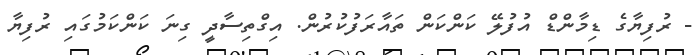
- ރުފިޔާގެ ޑިމާންޑް އުފުލޭ ކަންކަން ތައާރަފުކުރުން. އިގްތިސާދީ ގިނަ ކަންކަމުގައި ރުފިޔާ